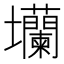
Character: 𡔔